Civil Veterinary Dept. Bombay admin report 1932-41 - 1932-1941
Year: 1932
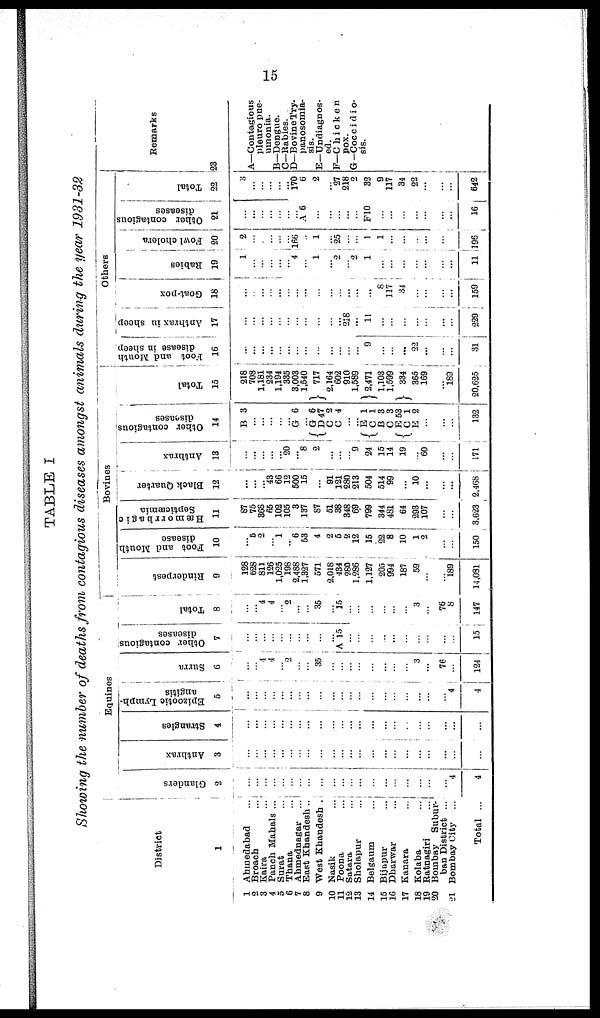
15
TABLE I
Showing the number of deaths from contagious diseases amongst animals during the year 1931-32
District
1
1 Ahmedabad ...
2 Broach ...
3 Kaira ...
4 Panch Mahals ...
5 Surat ...
6 Thana ...
7 Ahmednagar ...
8 East Khandesh ..
9 West Khandesh .
10 Nasik ...
11 Poona ...
12 Satara ...
13 Sholapur ...
14 Belgaum ...
15 Bijapur ...
16 Dharwar ...
17 Kanara ...
18 Kolaba ...
19 Ratnagiri ...
20 Bombay
Subur-
ban District ...
21 Bombay City ...
Total ...
Equines
Glanders
2
...
...
...
...
...
...
...
...
...
...
...
...
...
...
...
...
...
...
...
...
4
4
Anthrax
3
...
...
...
...
...
...
...
...
... ...
...
...
...
...
...
...
...
...
...
...
...
Strangles
4
...
...
...
...
...
...
...
...
...
...
...
...
...
...
...
...
...
...
...
...
... ...
...
Epizootic Lymph-
angitis
5
...
...
...
... ...
...
...
...
...
...
...
... ...
...
...
...
...
...
...
...
4
4
Surra
6
...
... 4
4
... 2
...
...
35
... ...
...
...
...
...
...
...
3
....
76
...
124
Other cont
Other contagious
diseases
7
...
...
... ...
...
...
...
...
...
... A 15
...
...
...
...
...
...
...
...
... ...
15
Total
8
...
... 4
4
... 2
...
...
35
... 15
...
...
...
...
...
...
3
...
76
8
147
Bovines
Rinderpest
9
128
628
811
126
1,025
198
2,488
1,327
571
2,018
434
280
1,286
1,127
205
994
187
59
...
...
189
14,031
Foot and Mouth|
disease
10
...
5
2
... 1
... 6
53
4
2
5
2
12
15
22
8
10
1
2
...
...
150
Hæmorrbagic
Septicæmia
11
87
75
368
65
102
105
3
137
87
51
38
348
69
799
344
481
64
293
107
...
...
3,623
Black Quarter
12
...
...
... 43
66
12
500
15
...
91
121
280
213
504
514
99
...
10
...
...
...
2,468
Anthrax
13
...
...
...
... ... 20
... 8
2
...
...
... 9
24
15
14
19
... 60
...
...
171
Other contagious
diseases
14
B 3
...
...
...
...
... G 6
...
G 6
D 47
C 2
C 4
...
... E 1
C 1
B 3
C 3
E 53
C 1
E 2
...
...
... ...
132
Total
15
218
708
1,181
234
1,194
335
3,003
1,540
717
2,164
602
910
1,589
2,471
1,103
1,599
334
365
169
...
189
20,625
Others
Foot and Mouth
disease in sheep.
16
...
...
...
...
... ...
...
...
...
...
...
...
...
9
...
...
...
22
...
...
...
31
Anthrax in sheep
17
...
...
...
...
...
...
...
...
...
...
... 218
...
11
...
...
...
...
... ...
...
229
Goat-pox
18
...
...
...
...
...
...
...
...
...
...
...
...
...
...
8
117
34
...
...
...
...
159
Rabies
19
1
... ...
...
...
... 4
...
1
... 2
... 2
1
...
...
...
...
...
...
...
11
Fowl cholera
20
2
...
...
...
...
166
...
1
... 25
...
...
1
1
...
...
...
...
...
... ...
196
Other contagious
diseases
21
...
...
...
...
...
...
... A 6
...
...
...
...
...
F10
...
...
...
...
...
...
...
16
Total
22
3
...
...
...
...
170
6
2
... 27
218
2
32
9
117
34
22
... ...
...
642
Remarks
23
A—Contagious
pleuro pne-
umonia.
B—Dengue.
C—Rabies.
D—Bovine Try-
panosomia-
sis.
E—Undiagnos-
ed.
F—Chicken
pox.
G —Coccidio-
sis.